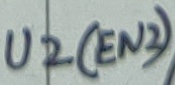
Text: U2(EN2)